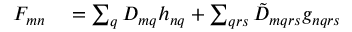
\begin{array} { r l } { F _ { m n } } & { { } = \sum _ { q } D _ { m q } h _ { n q } + \sum _ { q r s } \tilde { D } _ { m q r s } g _ { n q r s } } \end{array}